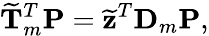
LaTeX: \widetilde{\mathbf T}_{m}^{T}\mathbf P=\widetilde{\mathbf z}^{T}\mathbf D_{m}\mathbf P,